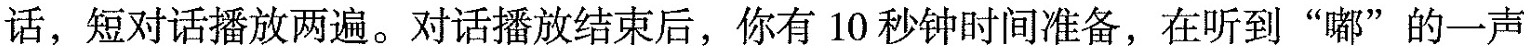
话,短对话播放两遍.对话播放结束后,你有 10秒钟时间准备,在听到"嘟"的一声